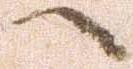
へ